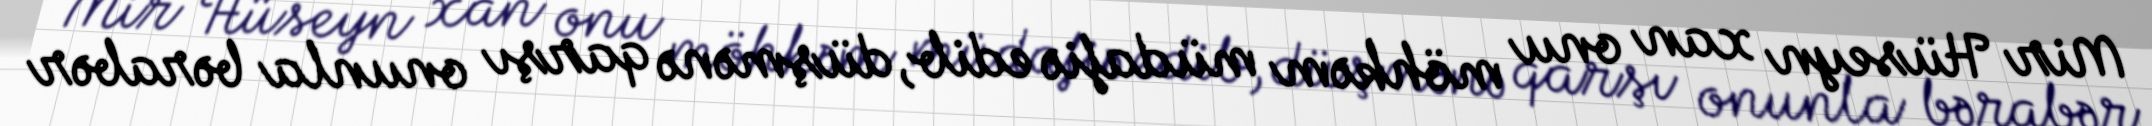
Mir Hüseyn xan onu möhkəm müdafiə edib, düşmənə qarşı onunla bərabər